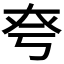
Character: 𡘆